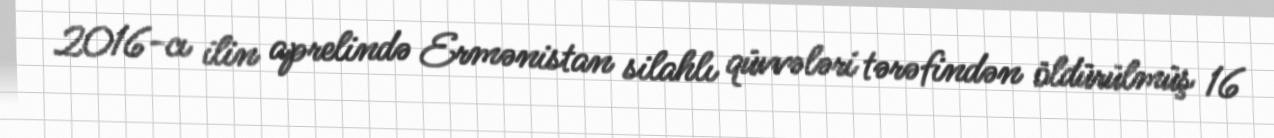
2016-cı ilin aprelində Ermənistan silahlı qüvvələri tərəfindən öldürülmüş 16